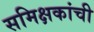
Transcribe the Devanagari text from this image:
समिक्षकांची